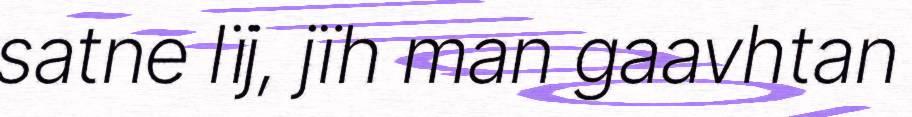
satne lïj, jïh man gaavhtan